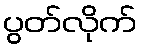
ပွတ်လိုက်